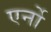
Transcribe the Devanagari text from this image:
एर्नो